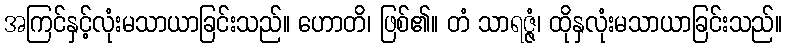
အကြင်နှင့်လုံးမသာယာခြင်းသည်။ ဟောတိ၊ ဖြစ်၏။ တံ သာရဇ္ဇံ၊ ထိုနှလုံးမသာယာခြင်းသည်။